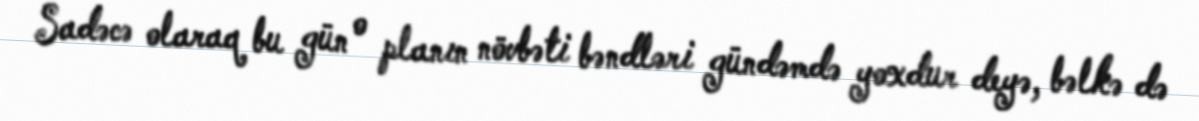
Sadəcə olaraq bu gün o planın növbəti bəndləri gündəmdə yoxdur deyə, bəlkə də